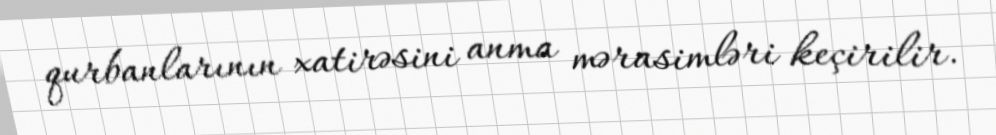
qurbanlarının xatirəsini anma mərasimləri keçirilir.